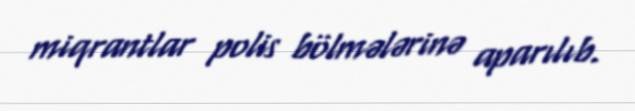
miqrantlar polis bölmələrinə aparılıb.